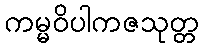
ကမ္မဝိပါကဇသုတ္တ